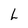
Character: L